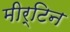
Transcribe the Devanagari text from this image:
मीर्टिन